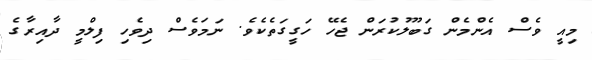
މިއީ ވެސް އެންމެން ގަބޫލުކުރަން ޖެހޭ ހަގީގަތެކެވެ. ނަމަވެސް ދިވެހި ފިލްމީ ދާއިރާގެ